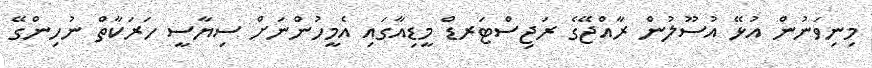
މިނިވަނުން އުޅޭ އުސޫލުން ރާއްޖޭގެ ރަޖިސްޓަރޑް މީޑިއާގައި އެމީހުންނަށް ސިޔާސީ ހަރަކާތް ނުހިންގޭ